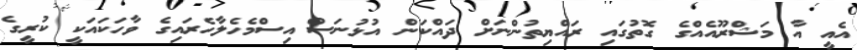
އެއީ އާ މަޝްރޫއެއްގެ ގޮތުގައި ރައްޔިތުންނަށް ދައްކަން އުޅުނަސް އިސްމެހެލާހެރައިގެ ވާހަކައަކީ ކުރީގެ